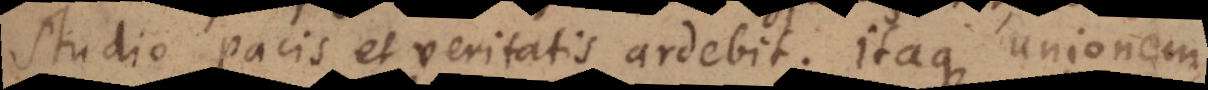
studio pacis et veritatis ardebit. Itaque unionem